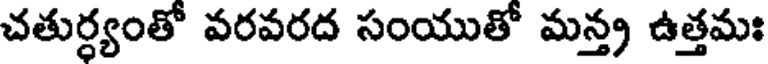
చతుర్ధ్యంతో వరవరద సంయుతో మన్త్ర ఉత్తమః